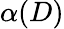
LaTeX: \alpha(D)